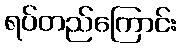
ရပ်တည်ကြောင်း